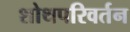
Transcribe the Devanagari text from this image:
शोथपरिवर्तन